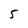
Character: 5